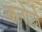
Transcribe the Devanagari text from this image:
कनोजे